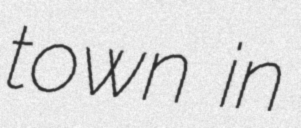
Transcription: town in